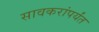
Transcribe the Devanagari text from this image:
सावकरांपर्यंत